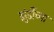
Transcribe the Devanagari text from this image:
झुंडींच्या